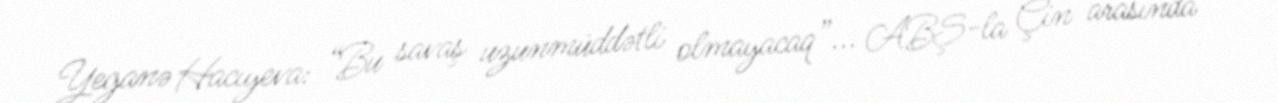
Yeganə Hacıyeva: “Bu savaş uzunmüddətli olmayacaq”... ABŞ-la Çin arasında